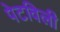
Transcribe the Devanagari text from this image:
पेटविली